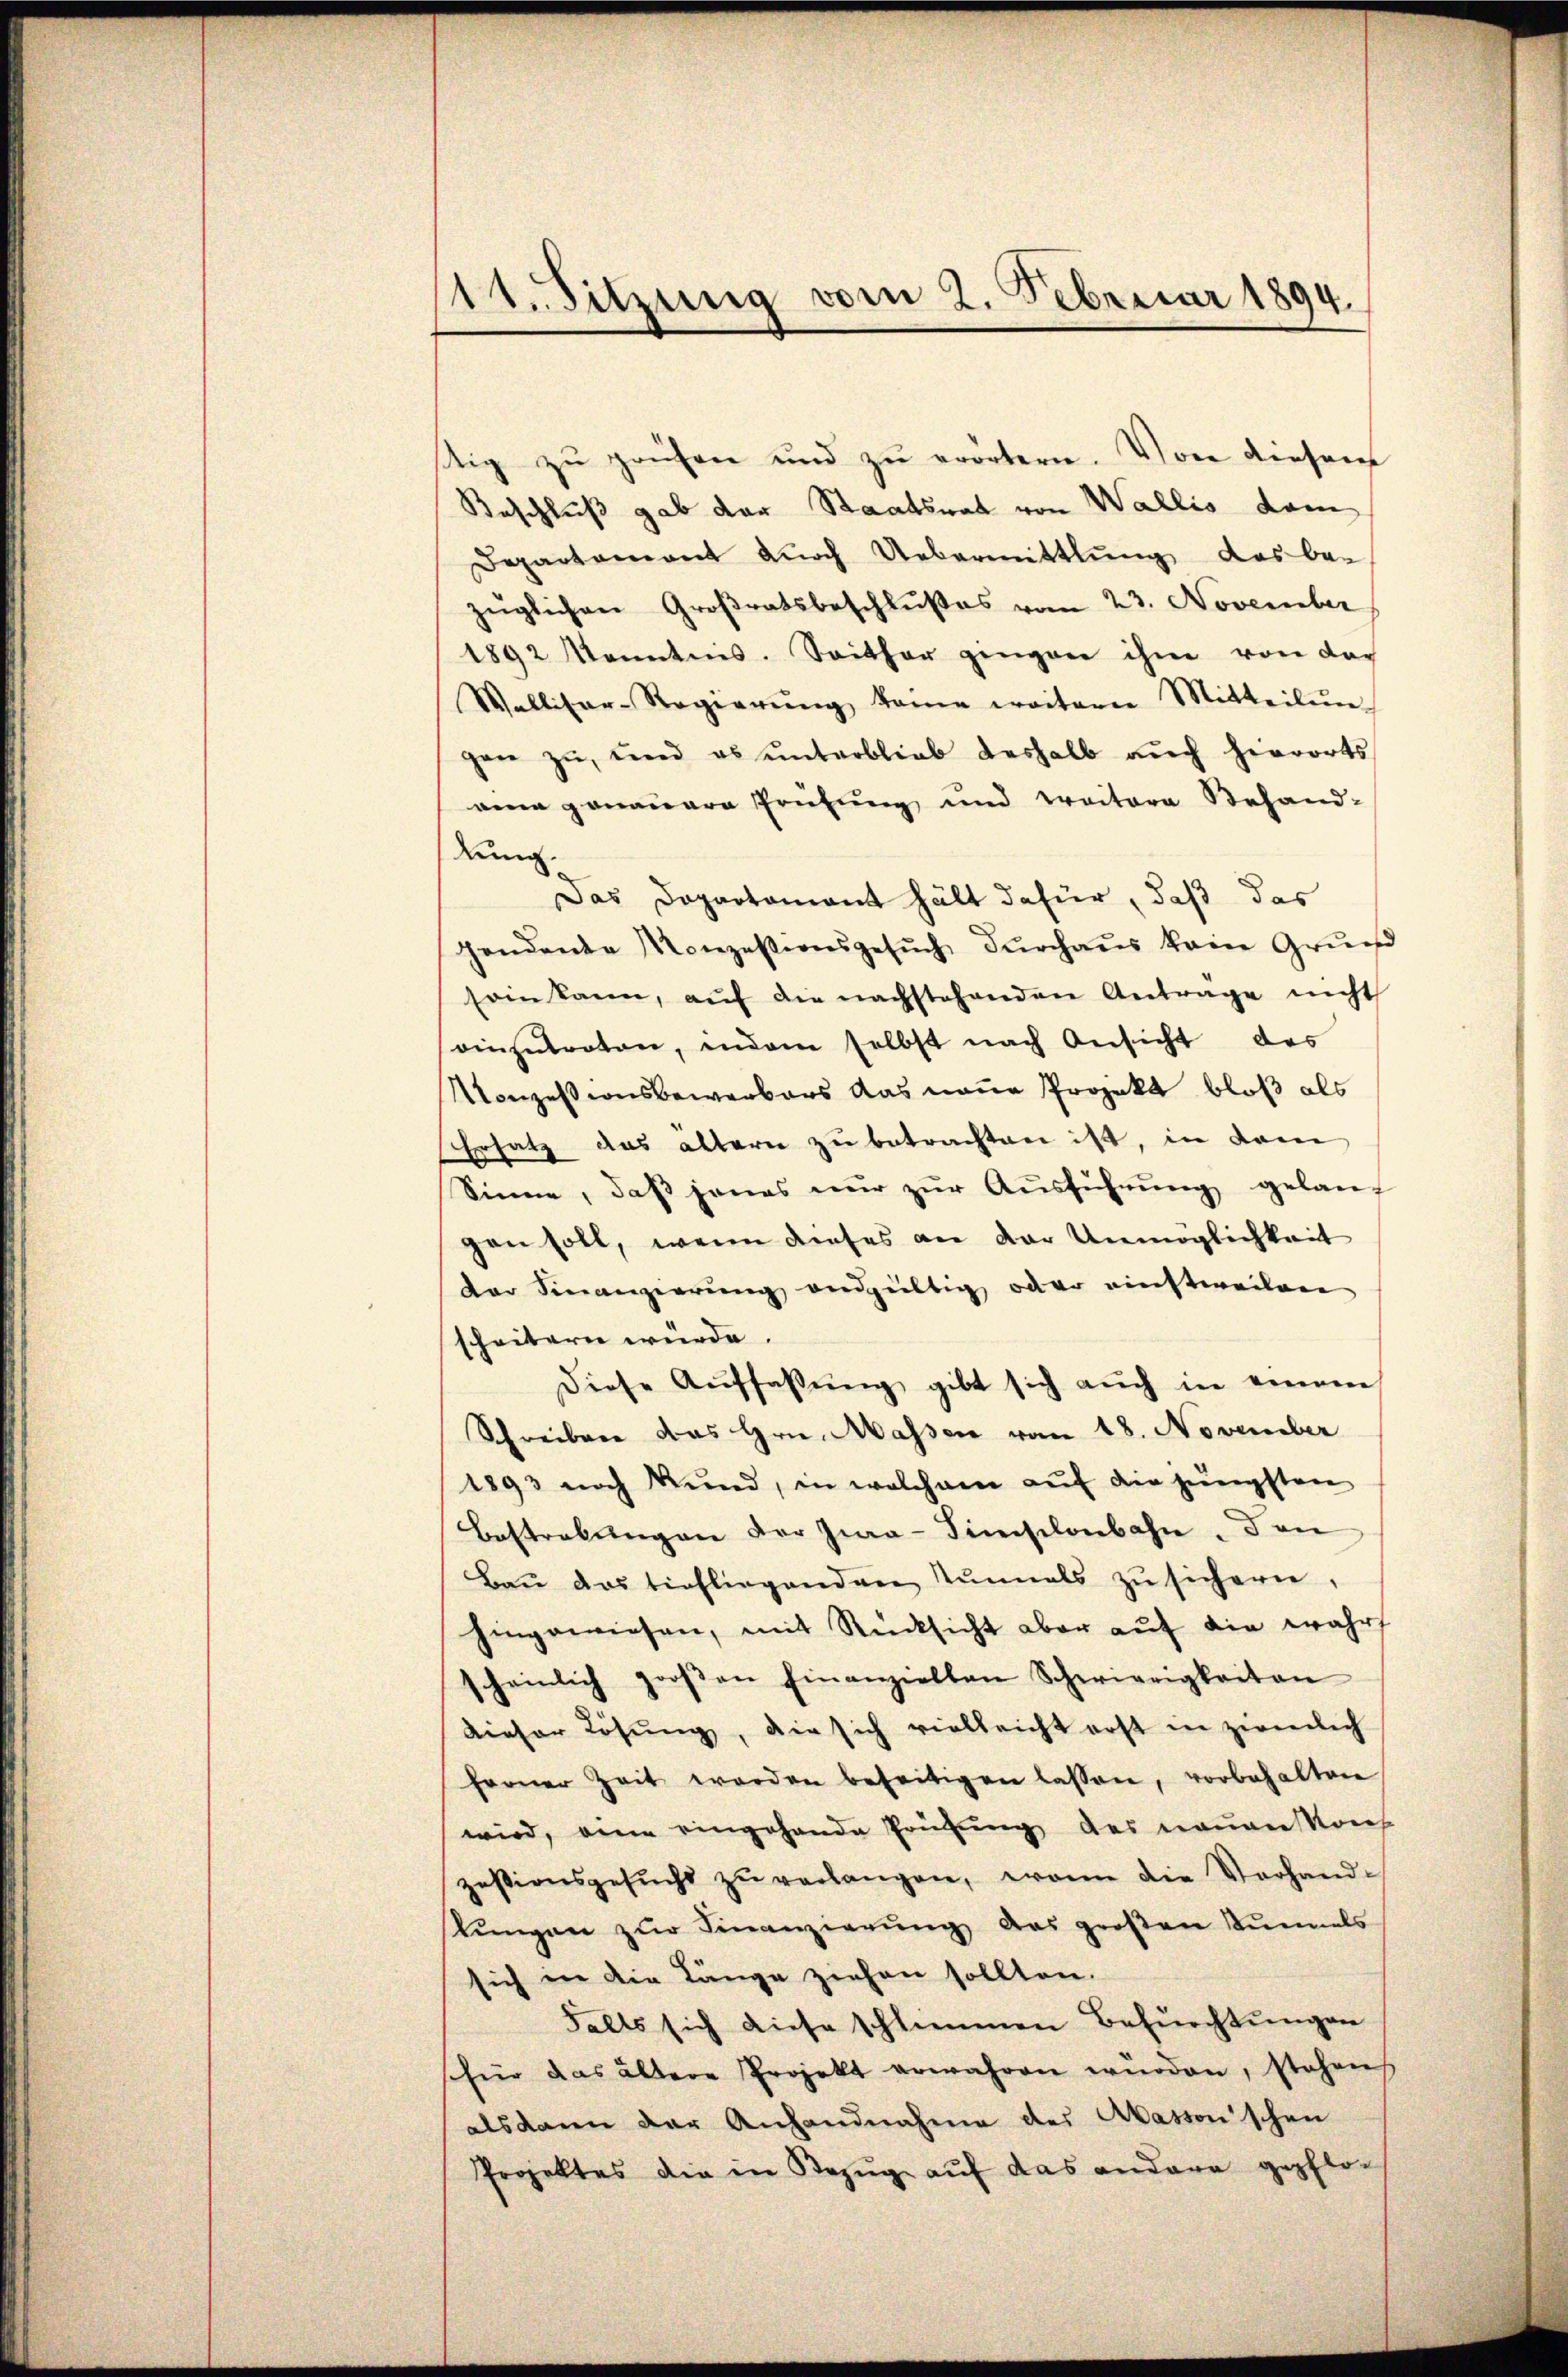
11. Sitzung vom 2. Februar 1894.

tig zu prüfen und zu erörtern. Von diesem
Beschluß gab der Staatsrat von Wallis dam
Departement durch Uebermittlung das bezüglichen Großratsbeschlußes vom 23. November
1892 kanntnis. Seither gingen ihm von der
Wallitar-Regierŭng keine weitern Mitteilŭng
gen zŭ, und es ŭnterblieb deshalb aŭch hierorts
eene genauere Prüfung und weitere Behand-
dng.
Das Departamant hält dafür, daß das
gendente Konzessionsgesŭch dŭrchaus kein Grŭnd
soin kann, aŭf die nachstehenden Antrage nicht
einzutreten, indem selbst nach Ansicht des
Monzessionsbewerbers das neue Projekt bloß als
Ersatz das ältern zu betrachten ist, in dem
Sinne, daβ jenes nŭr zŭr Aŭsführŭng gelang
gen soll, wenn dieses an der Unmöglichkeit
der Finanzierung endgültig oder einstweilen
scheitern würde.
diese Aŭffaβŭng gibt sich aŭch in einem
Schreiben das Hrn. Massen vom 18. November
1893 noch kund, in welchem auf die jüngsten
Bestrebungen der Zwa-Simsilonbahn. Dan
Baŭ das tiefliegenden zŭmals zŭ sichern,
hingewiesen, mit Rücksicht aber auf die wahrs
scheinlich groβen Finanziellen Schwierigkeiten
dieser Lösung, die sich vielleicht erst in zweilich
ferner Zeit werden beseitigen lassen, vorbehalten
wird, eine eingehande Prüfung des neuen Kons
zesionsgesŭcht zŭ verlangen, wann die Vorhandkungen zŭr Finanzierung das großen Kummels
sich in die Länge ziehen sollten.
Falls sich diese schlimmen Befürchtungen
hier das ältere Projekt erwahren würden, stehens
alsdann der Anhandnahme der Akasson’schen
Projektes die in Bezug auf das andere gepflo-